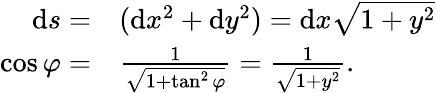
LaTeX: \begin{array}{rl}{\mathrm{d}s=}&{{}(\mathrm{d}x^{2}+\mathrm{d}y^{2})=\mathrm{d}x\sqrt{1+y^{2}}}\\ {\cos\varphi=}&{{}\frac{1}{\sqrt{1+\tan^{2}\varphi}}=\frac{1}{\sqrt{1+y^{2}}}.}\end{array}